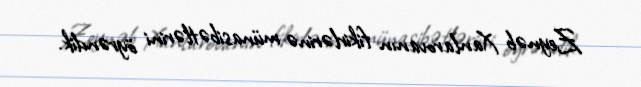
Zeynəb Xanlarovanın fikirlərinə münasibətlərini öyrəndik.